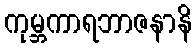
ကုမ္ဘကာရဘာဇနာနိ